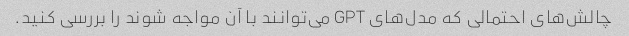
چالش‌های احتمالی که مدل‌های GPT می‌توانند با آن مواجه شوند را بررسی کنید.